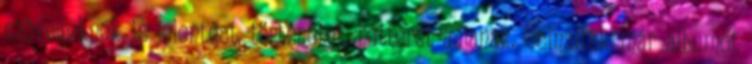
szövegeknek is jelentést, történetet, hátteret adjanak. Csináltak már albumot